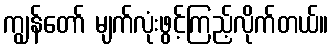
ကျွန်တော် မျက်လုံးဖွင့်ကြည့်လိုက်တယ်။